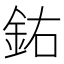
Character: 𨥰